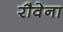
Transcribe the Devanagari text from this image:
रौवेना